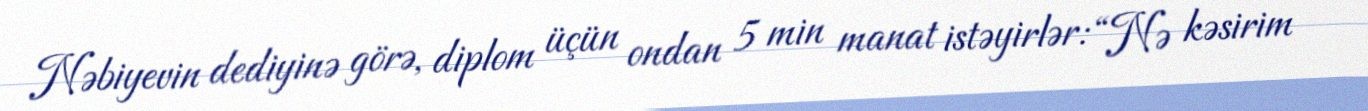
Nəbiyevin dediyinə görə, diplom üçün ondan 5 min manat istəyirlər: “Nə kəsirim